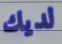
لديك